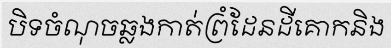
បិទចំណុចឆ្លងកាត់ព្រំដែនដីគោកនិង